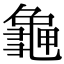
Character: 𪚧